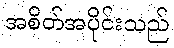
အစိတ်အပိုင်းသည်